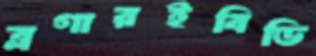
ব্লগারইবিডি